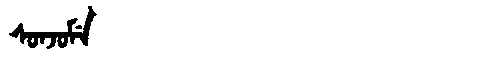
Manchu: ᠰᠣᠨᠵᠣᠮᡝ
Romanization: SONJOME